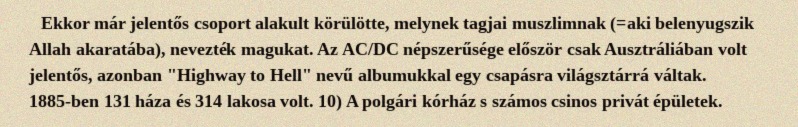
Ekkor már jelentős csoport alakult körülötte, melynek tagjai muszlimnak (=aki belenyugszik Allah akaratába), nevezték magukat. Az AC/DC népszerűsége először csak Ausztráliában volt jelentős, azonban "Highway to Hell" nevű albumukkal egy csapásra világsztárrá váltak. 1885-ben 131 háza és 314 lakosa volt. 10) A polgári kórház s számos csinos privát épületek.